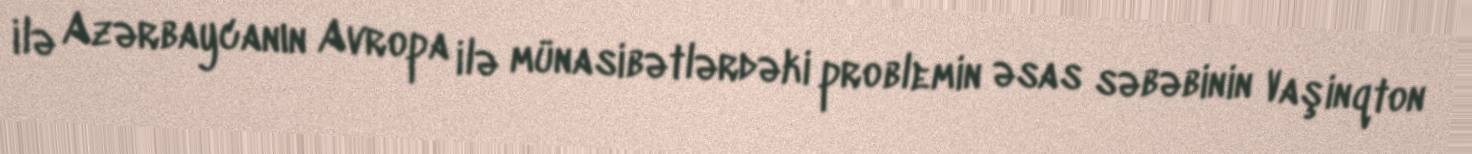
ilə Azərbaycanın Avropa ilə münasibətlərdəki problemin əsas səbəbinin Vaşinqton